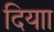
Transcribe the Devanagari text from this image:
दियाा